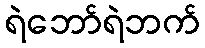
ရဲဘော်ရဲဘက်